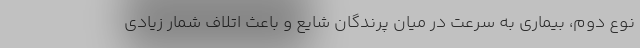
نوع دوم، بیماری به سرعت در میان پرندگان شایع و باعث اتلاف شمار زیادی